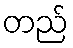
တည်